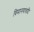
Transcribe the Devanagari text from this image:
विमानयात्रादि